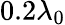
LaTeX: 0.2\lambda_{0}